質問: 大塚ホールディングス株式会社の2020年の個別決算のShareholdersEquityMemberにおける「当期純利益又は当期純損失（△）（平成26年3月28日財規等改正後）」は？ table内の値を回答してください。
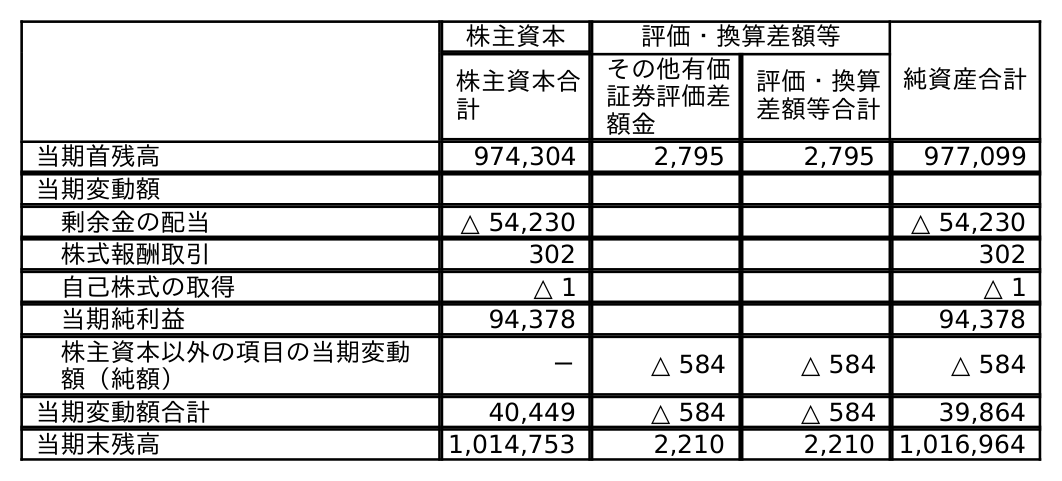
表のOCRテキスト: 株主資本 評価・換算差額等 純資産合計 株主資本合 計 その他有価 証券評価差 額金 評価・換算 差額等合計 当期首残高 974,304 2,795 2,795 977,099 当期変動額 剰余金の配当 △ 54,230 △ 54,230 株式報酬取引 302 302 自己株式の取得 △ 1 △ 1 当期純利益 94,378 94,378 株主資本以外の項目の当期変動 額（純額） － △ 584 △ 584 △ 584 当期変動額合計 40,449 △ 584 △ 584 39,864 当期末残高 1,014,753 2,210 2,210 1,016,964
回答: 94,378